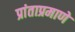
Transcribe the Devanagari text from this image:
प्रांताप्रमाणे